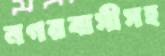
নগরবাসীসহ